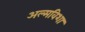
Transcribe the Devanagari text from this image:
अल्मविशा